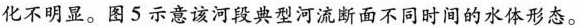
不明显。图5示意该河段典型河流断面不同时间的水体形态。